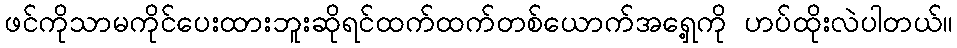
ဖင်ကိုသာမကိုင်ပေးထားဘူးဆိုရင်ထက်ထက်တစ်ယောက်အရှေ့ကို ဟပ်ထိုးလဲပါတယ်။